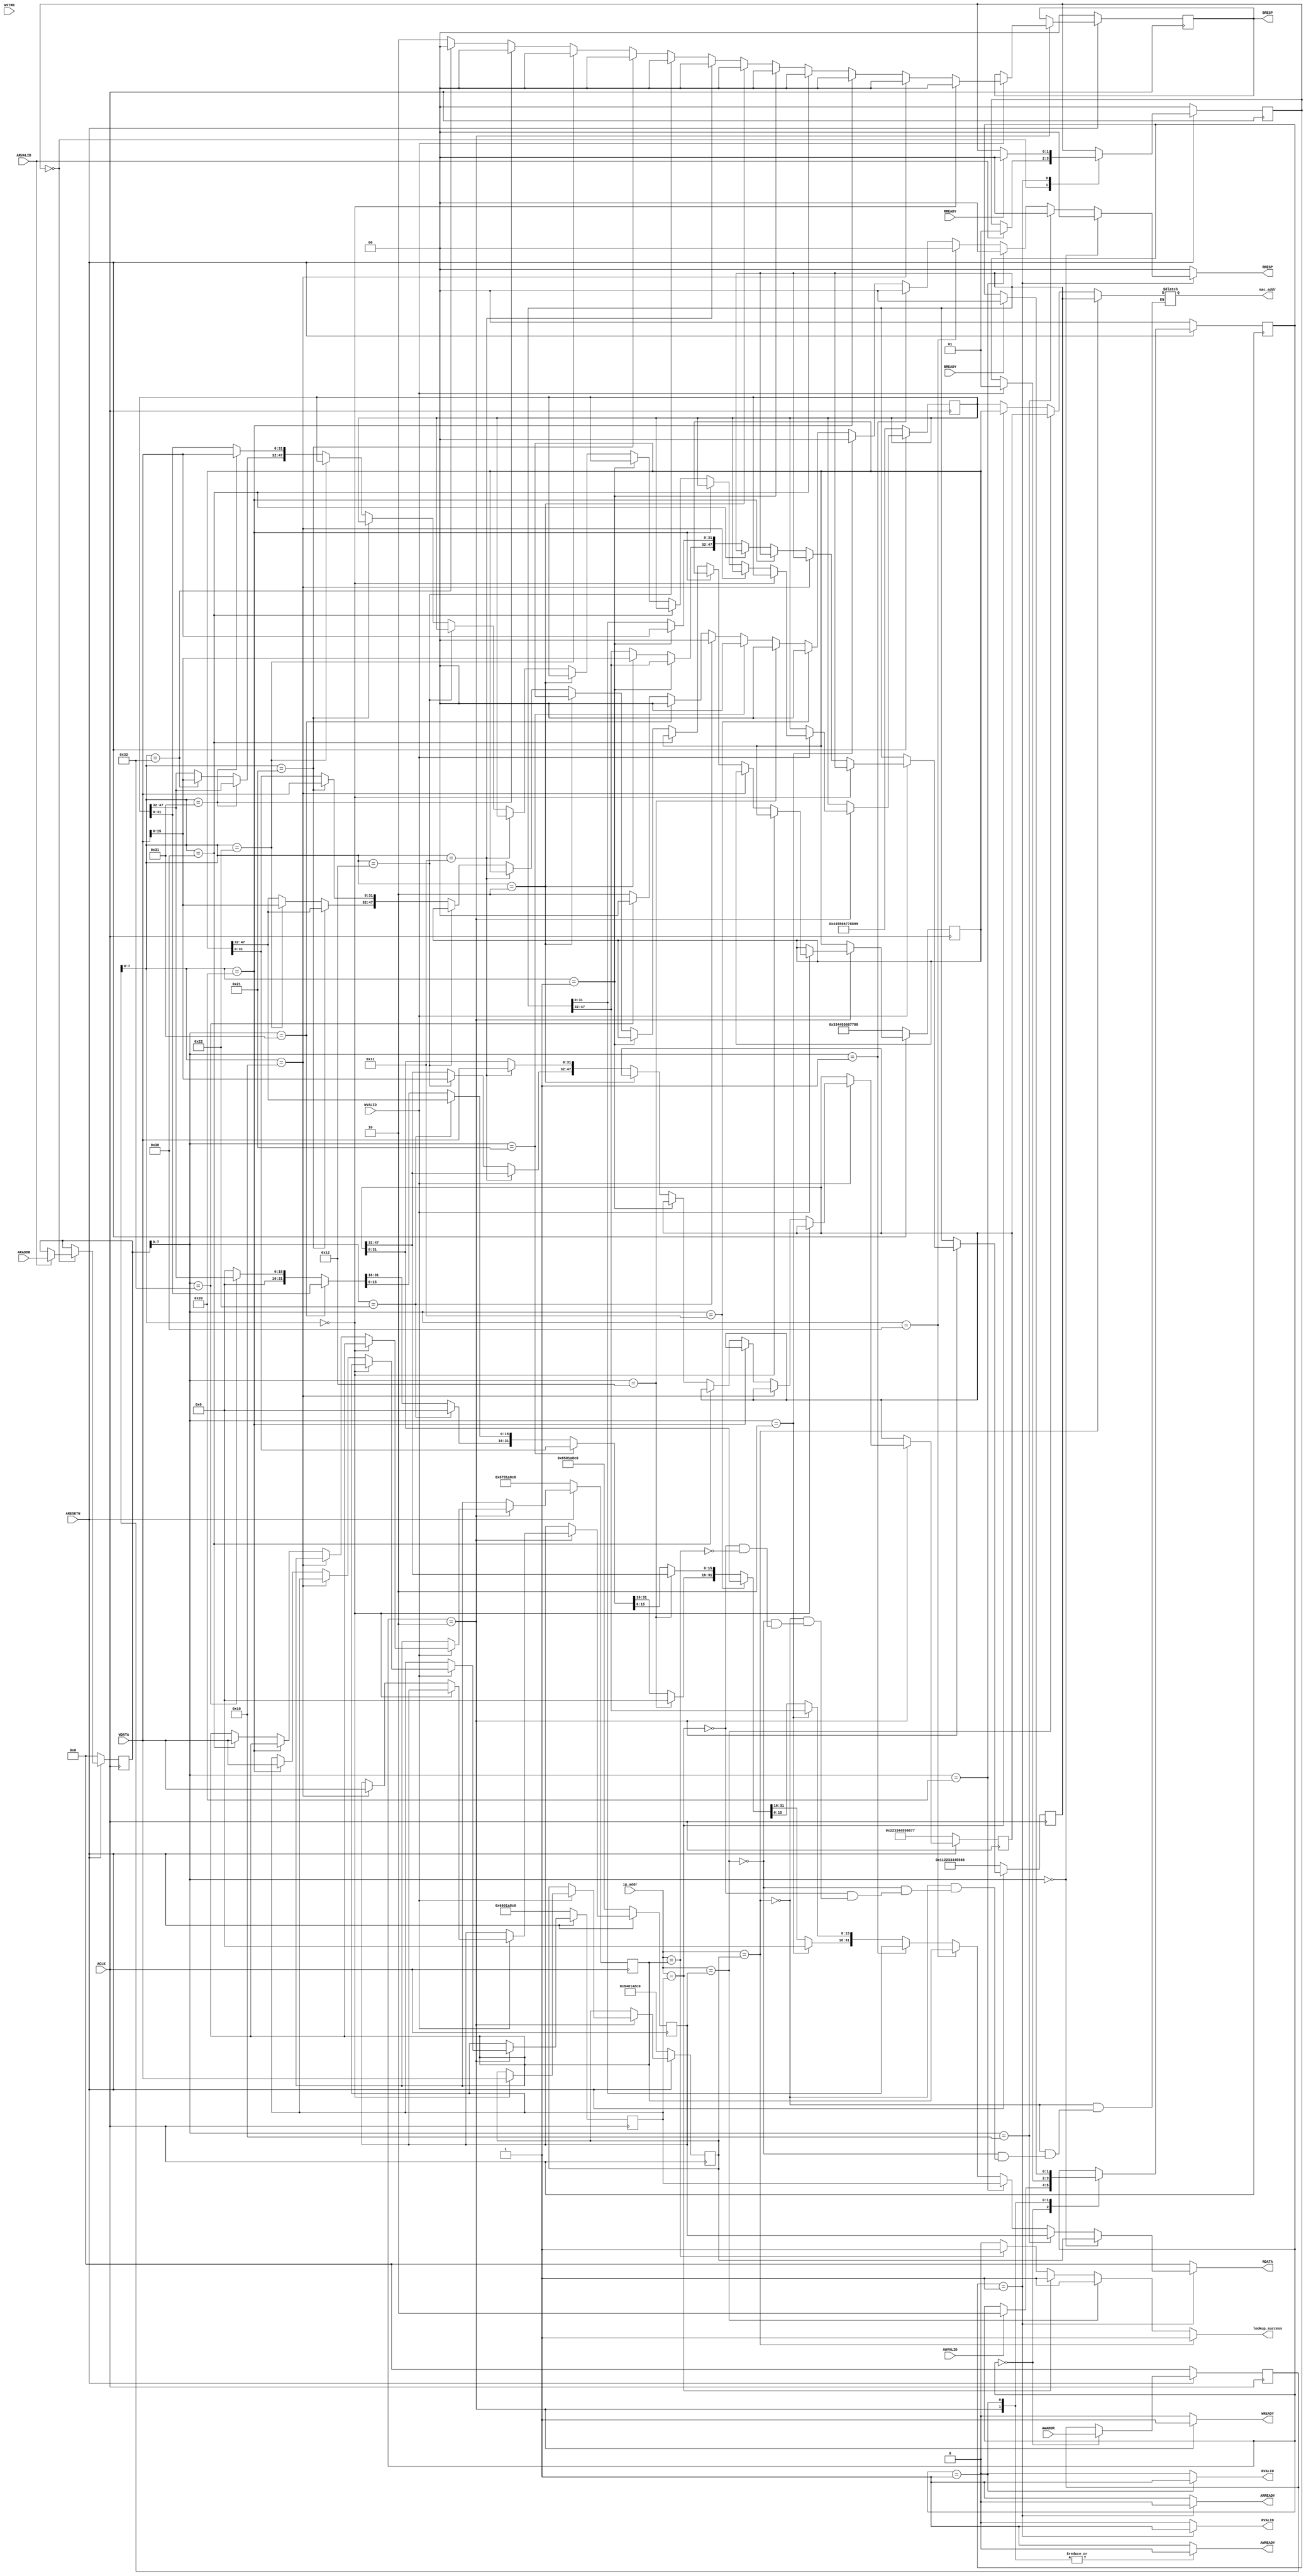
module mac_addr_lookup
  #(
    // Master AXI Lite Data Width
    parameter DATA_WIDTH=32,
    parameter ADDR_WIDTH=32
    )
   (
    input [31:0] ip_addr,
    output reg [47:0] mac_addr,
    output reg lookup_success,

    input                        ACLK,
    input                        ARESETN,
    
    input [ADDR_WIDTH-1: 0]      AWADDR,
    input                        AWVALID,
    output reg                   AWREADY,
    
    input [DATA_WIDTH-1: 0]      WDATA,
    input [DATA_WIDTH/8-1: 0]    WSTRB,
    input                        WVALID,
    output reg                   WREADY,
    
    output reg [1:0]             BRESP,
    output reg                   BVALID,
    input                        BREADY,
    
    input [ADDR_WIDTH-1: 0]      ARADDR,
    input                        ARVALID,
    output reg                   ARREADY,
    
    output reg [DATA_WIDTH-1: 0] RDATA, 
    output reg [1:0]             RRESP,
    output reg                   RVALID,
    input                        RREADY
    );

   localparam AXI_RESP_OK = 2'b00;
   localparam AXI_RESP_SLVERR = 2'b10;
   
   localparam WRITE_IDLE = 0;
   localparam WRITE_RESPONSE = 1;
   localparam WRITE_DATA = 2;

   localparam READ_IDLE = 0;
   localparam READ_RESPONSE = 1;

   localparam IP_REG_0 = 8'h00;
   localparam IP_REG_1 = 8'h10;
   localparam IP_REG_2 = 8'h20;
   localparam IP_REG_3 = 8'h30;
   localparam MAC_REG_0_0 = 8'h01;
   localparam MAC_REG_0_1 = 8'h02;
   localparam MAC_REG_1_0 = 8'h11;
   localparam MAC_REG_1_1 = 8'h12;
   localparam MAC_REG_2_0 = 8'h21;
   localparam MAC_REG_2_1 = 8'h22;
   localparam MAC_REG_3_0 = 8'h31;
   localparam MAC_REG_3_1 = 8'h32;

   reg [1:0]                     write_state, write_state_next;
   reg [1:0]                     read_state, read_state_next;
   reg [ADDR_WIDTH-1:0]          read_addr, read_addr_next;
   reg [ADDR_WIDTH-1:0]          write_addr, write_addr_next;
   reg [1:0]                     BRESP_next;

   reg [31:0]                    ip_reg_0, ip_reg_0_next;
   reg [31:0]                    ip_reg_1, ip_reg_1_next;
   reg [31:0]                    ip_reg_2, ip_reg_2_next;
   reg [31:0]                    ip_reg_3, ip_reg_3_next;
   reg [47:0]                    mac_reg_0, mac_reg_0_next;
   reg [47:0]                    mac_reg_1, mac_reg_1_next;
   reg [47:0]                    mac_reg_2, mac_reg_2_next;
   reg [47:0]                    mac_reg_3, mac_reg_3_next;
   
   always @(*) begin
      read_state_next = read_state;   
      ARREADY = 1'b1;
      read_addr_next = read_addr;
      RDATA = 0; 
      RRESP = AXI_RESP_OK;
      RVALID = 1'b0;
      
      case(read_state)
        READ_IDLE: begin
           if(ARVALID) begin
              read_addr_next = ARADDR;
              read_state_next = READ_RESPONSE;
           end
        end        
        
        READ_RESPONSE: begin
           RVALID = 1'b1;
           ARREADY = 1'b0;

           if(read_addr[7:0] == IP_REG_0) begin
              RDATA = ip_reg_0;
           end
           else if(read_addr[7:0] == IP_REG_1) begin
              RDATA = ip_reg_1;
           end
           else if(read_addr[7:0] == IP_REG_2) begin
              RDATA = ip_reg_2;
           end
           else if(read_addr[7:0] == IP_REG_3) begin
              RDATA = ip_reg_3;
           end
           else if(read_addr[7:0] == MAC_REG_0_0) begin
              RDATA = mac_reg_0[31:0];
           end
           else if(read_addr[7:0] == MAC_REG_0_1) begin
              RDATA[31:16] = 16'h0;
              RDATA[15:0] = mac_reg_0[47:32];
           end
           else if(read_addr[7:0] == MAC_REG_1_0) begin
              RDATA = mac_reg_1[31:0];
           end
           else if(read_addr[7:0] == MAC_REG_1_1) begin
              RDATA[31:16] = 16'h0;
              RDATA[15:0] = mac_reg_1[47:32];
           end
           else if(read_addr[7:0] == MAC_REG_2_0) begin
              RDATA = mac_reg_2[31:0];
           end
           else if(read_addr[7:0] == MAC_REG_2_1) begin
              RDATA[31:16] = 16'h0;
              RDATA[15:0] = mac_reg_2[47:32];
           end
           else if(read_addr[7:0] == MAC_REG_3_0) begin
              RDATA = mac_reg_3[31:0];
           end
           else if(read_addr[7:0] == MAC_REG_3_1) begin
              RDATA[31:16] = 16'h0;
              RDATA[15:0] = mac_reg_3[47:32];
           end
           else begin
              RRESP = AXI_RESP_SLVERR;
           end

           if(RREADY) begin
              read_state_next = READ_IDLE;
           end
        end
      endcase
   end
   
   always @(*) begin
      write_state_next = write_state;
      write_addr_next = write_addr;

      AWREADY = 1'b1;
      WREADY = 1'b0;
      BVALID = 1'b0;  
      BRESP_next = BRESP;

      ip_reg_0_next = ip_reg_0;
      ip_reg_1_next = ip_reg_1;
      ip_reg_2_next = ip_reg_2;
      ip_reg_3_next = ip_reg_3;
      mac_reg_0_next = mac_reg_0;
      mac_reg_1_next = mac_reg_1;
      mac_reg_2_next = mac_reg_2;
      mac_reg_3_next = mac_reg_3;

      case(write_state)
        WRITE_IDLE: begin
           write_addr_next = AWADDR;
           if(AWVALID) begin
              write_state_next = WRITE_DATA;
           end
        end
        WRITE_DATA: begin
           AWREADY = 1'b0;
           WREADY = 1'b1;
           if(WVALID) begin
              if(write_addr[7:0] == IP_REG_0) begin
                 ip_reg_0_next = WDATA;
                 BRESP_next = AXI_RESP_OK;
              end
              else if(write_addr[7:0] == IP_REG_1) begin
                 ip_reg_1_next = WDATA;
                 BRESP_next = AXI_RESP_OK;
              end
              else if(write_addr[7:0] == IP_REG_2) begin
                 ip_reg_2_next = WDATA;
                 BRESP_next = AXI_RESP_OK;
              end
              else if(write_addr[7:0] == IP_REG_3) begin
                 ip_reg_3_next = WDATA;
                 BRESP_next = AXI_RESP_OK;
              end
              else if(write_addr[7:0] == MAC_REG_0_0) begin
                 mac_reg_0_next[31:0] = WDATA;
                 BRESP_next = AXI_RESP_OK;
              end
              else if(write_addr[7:0] == MAC_REG_0_1) begin
                 mac_reg_0_next[47:32] = WDATA[15:0];
                 BRESP_next = AXI_RESP_OK;
              end
              else if(write_addr[7:0] == MAC_REG_1_0) begin
                 mac_reg_1_next[31:0] = WDATA;
                 BRESP_next = AXI_RESP_OK;
              end
              else if(write_addr[7:0] == MAC_REG_1_1) begin
                 mac_reg_1_next[47:32] = WDATA[15:0];
                 BRESP_next = AXI_RESP_OK;
              end
              else if(write_addr[7:0] == MAC_REG_2_0) begin
                 mac_reg_2_next[31:0] = WDATA;
                 BRESP_next = AXI_RESP_OK;
              end
              else if(write_addr[7:0] == MAC_REG_2_1) begin
                 mac_reg_2_next[47:32] = WDATA[15:0];
                 BRESP_next = AXI_RESP_OK;
              end
              else if(write_addr[7:0] == MAC_REG_3_0) begin
                 mac_reg_3_next[31:0] = WDATA;
                 BRESP_next = AXI_RESP_OK;
              end
              else if(write_addr[7:0] == MAC_REG_3_1) begin
                 mac_reg_3_next[47:32] = WDATA[15:0];
                 BRESP_next = AXI_RESP_OK;
              end
              else begin
                 BRESP_next = AXI_RESP_SLVERR;
              end
              write_state_next = WRITE_RESPONSE;
           end
        end
        WRITE_RESPONSE: begin
           AWREADY = 1'b0;
           BVALID = 1'b1;
           if(BREADY) begin                    
              write_state_next = WRITE_IDLE;
           end
        end
      endcase
   end

   always @(posedge ACLK) begin
      if(~ARESETN) begin
         write_state <= WRITE_IDLE;
         read_state <= READ_IDLE;
         read_addr <= 0;
         write_addr <= 0;
         BRESP <= AXI_RESP_OK;

         ip_reg_0 <= 32'h6401A8C0;
         ip_reg_1 <= 32'h6501A8C0;
         ip_reg_2 <= 32'h6601A8C0;
         ip_reg_3 <= 32'h6701A8C0;
         mac_reg_0 <= 48'h112233445566;
         mac_reg_1 <= 48'h223344556677;
         mac_reg_2 <= 48'h334455667788;
         mac_reg_3 <= 48'h445566778899;

      end
      else begin
         write_state <= write_state_next;
         read_state <= read_state_next;
         read_addr <= read_addr_next;
         write_addr <= write_addr_next;
         BRESP <= BRESP_next;

         ip_reg_0 <= ip_reg_0_next;
         ip_reg_1 <= ip_reg_1_next;
         ip_reg_2 <= ip_reg_2_next;
         ip_reg_3 <= ip_reg_3_next;
         mac_reg_0 <= mac_reg_0_next;
         mac_reg_1 <= mac_reg_1_next;
         mac_reg_2 <= mac_reg_2_next;
         mac_reg_3 <= mac_reg_3_next;

      end
   end

   always @(*) begin
      lookup_success = 0;
      if(ip_addr==ip_reg_0) begin
         lookup_success = 1;
         mac_addr = mac_reg_0;
      end
      else if(ip_addr==ip_reg_1) begin
         lookup_success = 1;
         mac_addr = mac_reg_1;
      end
      else if(ip_addr==ip_reg_2) begin
         lookup_success = 1;
         mac_addr = mac_reg_2;
      end
      else if(ip_addr==ip_reg_3) begin
         lookup_success = 1;
         mac_addr = mac_reg_3;
      end
   end
endmodule